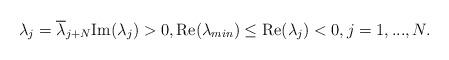
LaTeX: \begin{align*}\lambda_j=\overline{\lambda}_{j+N} \mbox{Im}(\lambda_j) > 0,\mbox{Re}(\lambda_{min}) \leq \mbox{Re}(\lambda_j)<0,j=1,...,N.\end{align*}